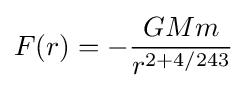
F(r)=-{\frac {GMm}{r^{2+4/243}}}